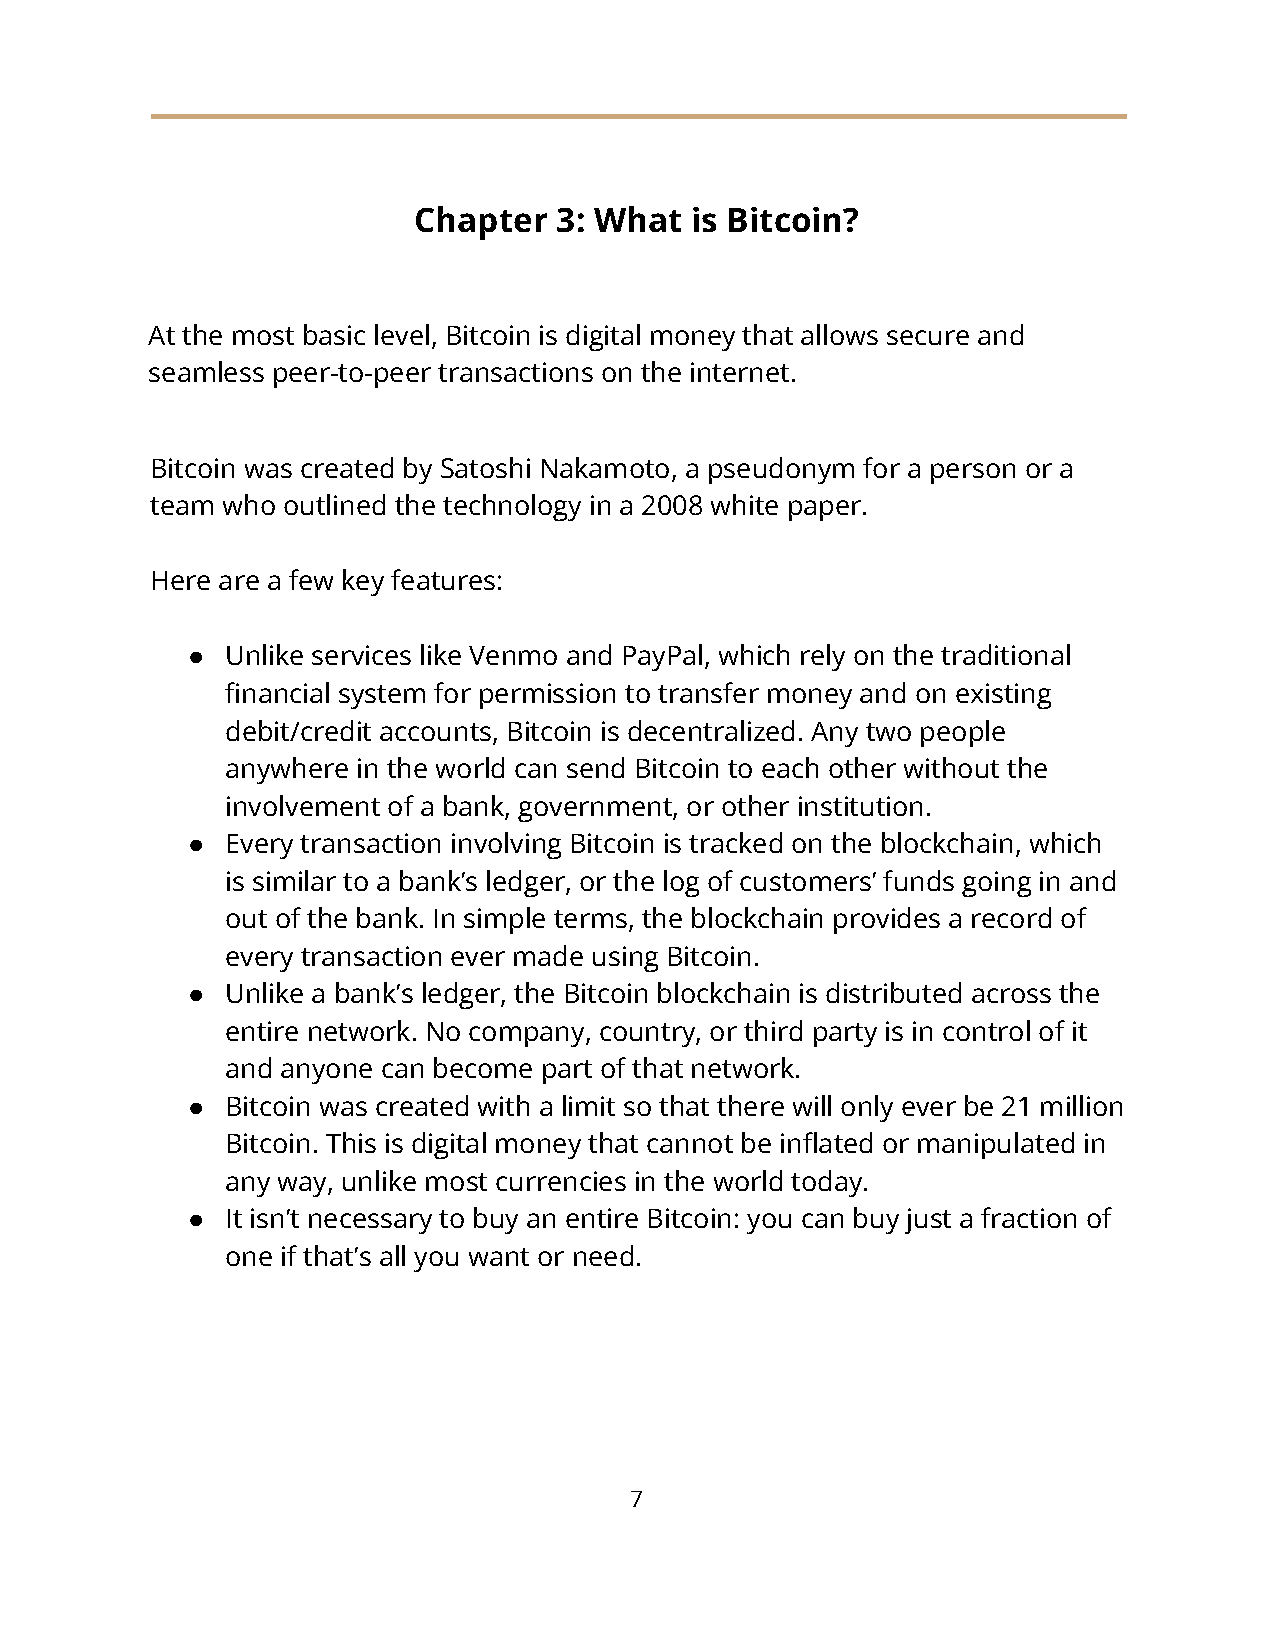
Chapter   3: What  is Bitcoin?
 At the most basic level, Bitcoin is digital money that allows secure and
 seamless peer-to-peer transactions on the internet.
 Bitcoin was created by Satoshi Nakamoto, a pseudonym for a person or a
 team who outlined the technology in a 2008 white paper.
 Here are a few key features:
 ●  Unlike services like Venmo and PayPal, which rely on the traditional
 financial system for permission to transfer money and on existing
 debit/credit accounts, Bitcoin is decentralized. Any two people
 anywhere in the world can send Bitcoin to each other without the
 involvement of a bank, government, or other institution.
 ●  Every transaction involving Bitcoin is tracked on the blockchain, which
 is similar to a bank’s ledger, or the log of customers’ funds going in and
 out of the bank. In simple terms, the blockchain provides a record of
 every transaction ever made using Bitcoin.
 ●  Unlike a bank’s ledger, the Bitcoin blockchain is distributed across the
 entire network. No company, country, or third party is in control of it
 and anyone can become part of that network.
 ●  Bitcoin was created with a limit so that there will only ever be 21 million
 Bitcoin. This is digital money that cannot be inflated or manipulated in
 any way, unlike most currencies in the world today.
 ●  It isn’t necessary to buy an entire Bitcoin: you can buy just a fraction of
 one if that’s all you want or need.
 7